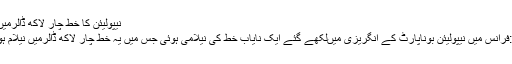
نیپولیئن کا خط چار لاکھ ڈالرمیں نیلام
پیرس:فرانس میں نیپولیئن بوناپارٹ کے انگریزی میںلکھے گئے ایک نایاب خط کی نیلامی ہوئی جس میں یہ خط چار لاکھ ڈالرمیں نیلام ہواہے ۔